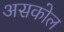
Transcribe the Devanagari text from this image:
असकोल